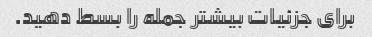
برای جزئیات بیشتر جمله را بسط دهید.